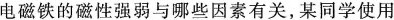
电磁铁的磁性强弱与哪些因素有关，某同学使用